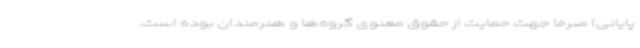
پایانی) صرفاً جهت حمایت از حقوق معنوی گروه‌ها و هنرمندان بوده است.